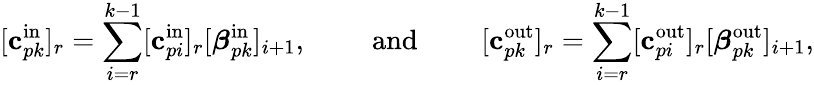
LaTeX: [\mathbf{c}_{pk}^{\mathrm{in}}]_{r}=\sum_{i=r}^{k-1}[\mathbf{c}_{pi}^{\mathrm{in}}]_{r}[\boldsymbol{\beta}_{pk}^{\mathrm{in}}]_{i+1},\qquad\mathrm{~and~}\qquad[\mathbf{c}_{pk}^{\mathrm{out}}]_{r}=\sum_{i=r}^{k-1}[\mathbf{c}_{pi}^{\mathrm{out}}]_{r}[\boldsymbol{\beta}_{pk}^{\mathrm{out}}]_{i+1},